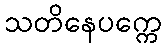
သတိနေပက္ကေ